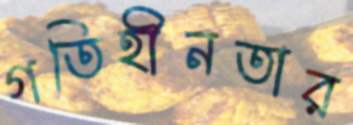
গতিহীনতার